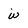
Character: w